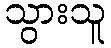
သွားသူ